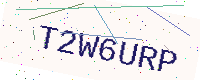
Text: T2W6URP